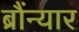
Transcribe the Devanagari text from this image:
ब्रौंन्यार